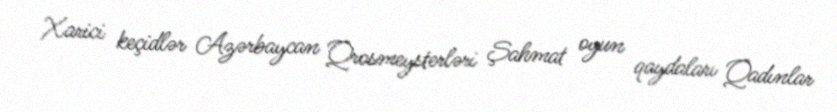
Xarici keçidlər Azərbaycan Qrosmeysterləri Şahmat oyun qaydaları Qadınlar